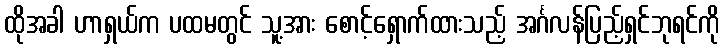
ထိုအခါ ဟာရှယ်က ပထမတွင် သူ့အား စောင့်ရှောက်ထားသည့် အင်္ဂလန်ပြည့်ရှင်ဘုရင်ကို